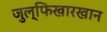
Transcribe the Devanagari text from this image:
जुल्फिखारखान